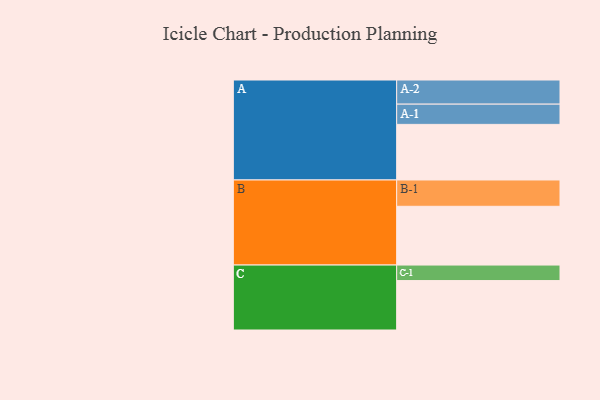
{"axis": {"x": "Segment", "y": "Value"}, "legend": ["", "A", "B", "C"], "data": [{"x": "A", "y": 530, "type": ""}, {"x": "B", "y": 560, "type": ""}, {"x": "C", "y": 471, "type": ""}, {"x": "A-1", "y": 193, "type": "A"}, {"x": "A-2", "y": 230, "type": "A"}, {"x": "B-1", "y": 251, "type": "B"}, {"x": "C-1", "y": 148, "type": "C"}]}